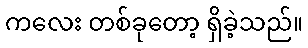
ကလေး တစ်ခုတော့ ရှိခဲ့သည်။